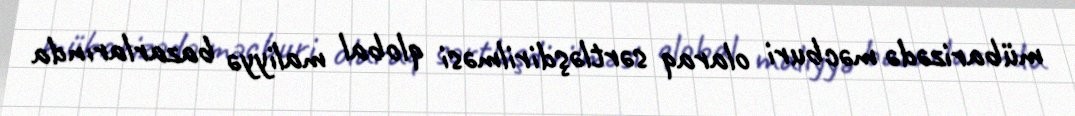
mübarizədə məcburi olaraq sərtləşdirilməsi qlobal maliyyə bazarlarında